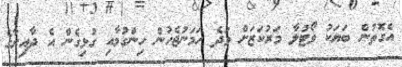
އެގޮތުން ބަޔަކު ވޯޓުލާ މަރުކަޒަށް ވަދެ ހަމަނުޖެހުން ހިންގުމާއި ގުޅިގެން އެ ދާއިރާގެ